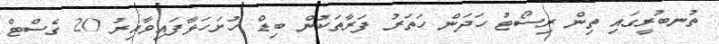
ތުނބުރީގައި ތިން ރިސޯޓު ހަދަން ހަތަރު ފަރާތަކުން ބިޑް ހުށަހަޅާފައިވާއިރު 20 ގެސްޓް